Civil Veterinary Department Bihar & Orissa reports 1929-36 - 1929-1936
Year: 1929
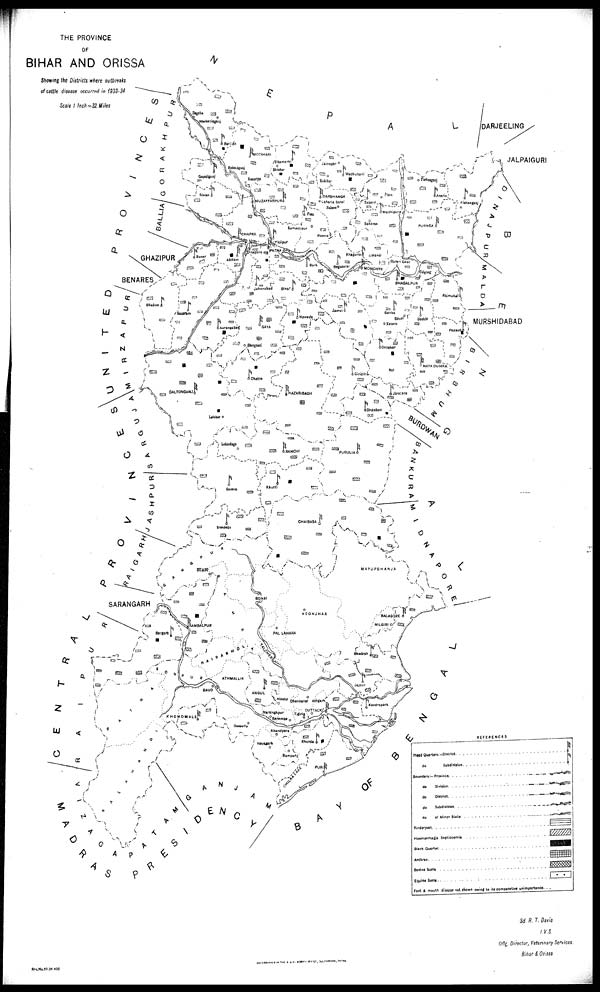
THE PROVINCE
or
BIHAR AND ORISSA
Showing the Districts where outbreaks
of cattle disease occurred in 1933-34
Scale 1 lnch =32 Miles
Sd R. T. Davis
l.V.S
Offg. Director, Veterinary Services.
Bihar & Orissa